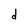
Character: d